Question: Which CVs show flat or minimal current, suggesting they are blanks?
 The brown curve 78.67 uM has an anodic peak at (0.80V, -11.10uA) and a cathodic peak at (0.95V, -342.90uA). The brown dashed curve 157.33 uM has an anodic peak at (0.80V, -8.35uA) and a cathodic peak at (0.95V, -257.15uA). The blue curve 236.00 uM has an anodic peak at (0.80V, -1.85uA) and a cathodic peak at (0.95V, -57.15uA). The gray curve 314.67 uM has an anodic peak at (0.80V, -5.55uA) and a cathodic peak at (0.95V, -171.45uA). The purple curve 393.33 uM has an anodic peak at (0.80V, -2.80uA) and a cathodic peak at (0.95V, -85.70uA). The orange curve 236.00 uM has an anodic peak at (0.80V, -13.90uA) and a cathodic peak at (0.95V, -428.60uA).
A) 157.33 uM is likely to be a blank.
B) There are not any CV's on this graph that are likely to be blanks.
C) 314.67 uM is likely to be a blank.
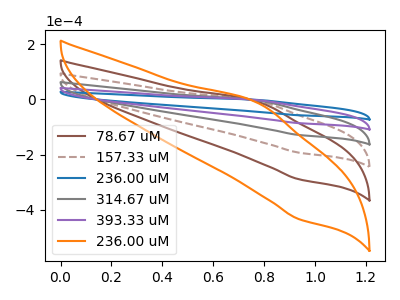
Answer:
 <answer>B) There are not any CV's on this graph that are likely to be blanks.</answer>
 <eval>B</eval>